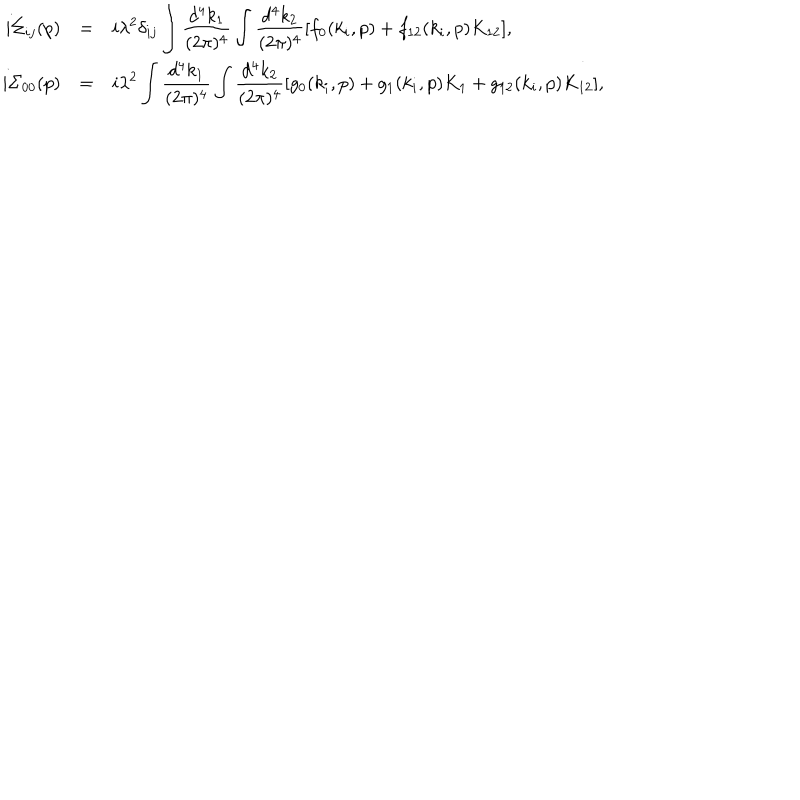
\begin{array} { r c l } { { i \Sigma _ { i j } ( p ) } } & { { = } } & { { \displaystyle i \lambda ^ { 2 } \delta _ { i j } \int \frac { d ^ { 4 } k _ { 1 } } { ( 2 \pi ) ^ { 4 } } \int \frac { d ^ { 4 } k _ { 2 } } { ( 2 \pi ) ^ { 4 } } [ f _ { 0 } ( k _ { i } , p ) + f _ { 1 2 } ( k _ { i } , p ) K _ { 1 2 } ] , } } \\ { { i \Sigma _ { 0 0 } ( p ) } } & { { = } } & { { \displaystyle i \lambda ^ { 2 } \int \frac { d ^ { 4 } k _ { 1 } } { ( 2 \pi ) ^ { 4 } } \int \frac { d ^ { 4 } k _ { 2 } } { ( 2 \pi ) ^ { 4 } } [ g _ { 0 } ( k _ { i } , p ) + g _ { 1 } ( k _ { i } , p ) K _ { 1 } + g _ { 1 2 } ( k _ { i } , p ) K _ { 1 2 } ] , } } \\ \end{array}